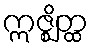
ဣဇ္ဈိတ္ထ